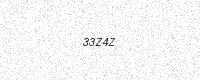
Text: 33Z4Z